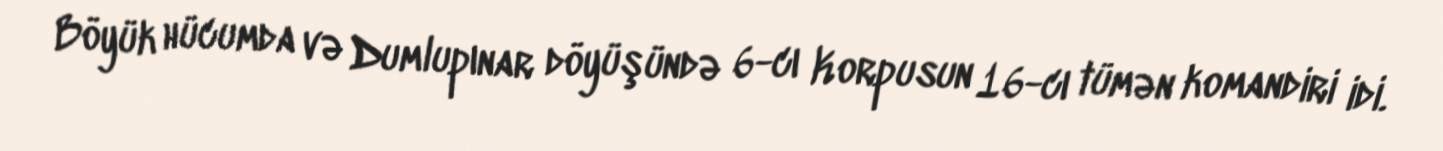
Böyük hücumda və Dumlupınar döyüşündə 6-cı Korpusun 16-cı tümən komandiri idi.